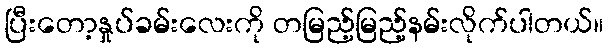
ပြီးတော့နှုပ်ခမ်းလေးကို တမြည့်မြည့်နမ်းလိုက်ပါတယ်။